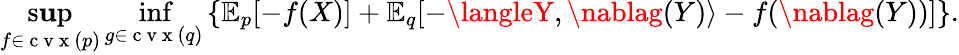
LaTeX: \operatorname*{s\mathbf{u}p}_{f\in\mathrm{{~c~v~x~}}(p)}\operatorname*{inf}_{g\in\mathrm{{~c~v~x~}}(q)}\left\{ \mathbb{{E}}_{p}[-f(X)]+\mathbb{{E}}_{q}[-\langleY,\nablag(Y)\rangle-f(\nablag(Y))]\right\} .